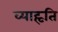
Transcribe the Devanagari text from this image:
व्याहृति